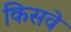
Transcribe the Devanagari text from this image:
किसवे